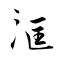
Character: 洭